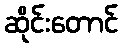
ဆိုင်းတောင်